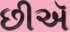
છીઍ